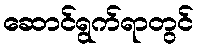
ဆောင်ရွက်ရာတွင်